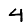
Digit: 4